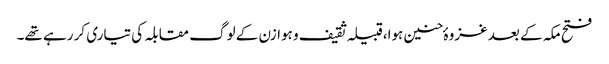
فتح مکہ کے بعد غزوہٴ حنین ہوا،قبیلہ ثقیف و ہوازن کے لوگ مقابلہ کی تیاری کر رہے تھے۔